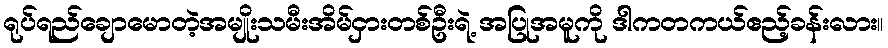
ရုပ်ရည်ချောမောတဲ့အမျိုးသမီးအိမ်ငှားတစ်ဦးရဲ့ အပြုအမူကို ဒါကတကယ်ဧည့်ခန်းလား။